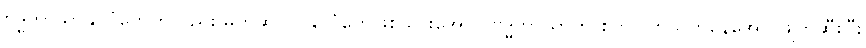
ဗုဒ္ဓဘာသာနိုင်ငံတွေကိုလည်း မွတ်ဆလင်နိုင်ငံတွေဖြစ်သွားအောင် ဗုဒ္ဓဘာသာကို စုတ်ပြတ်သတ်နေအောင်ဖျက်ဆီးပြီး